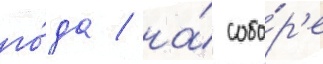
го́да / на́ собо́р'е